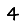
Digit: 4